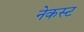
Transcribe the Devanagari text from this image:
नेकस्ट